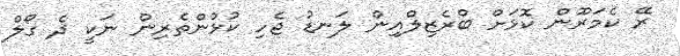
ރޭ ކެމަރޫން ކޮޅަށް ބްރެޒިލްއިން ލަނޑު ޖެހި ކުޅުންތެރިން ނަކީ ދެ ގޯލް